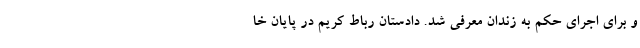
و برای اجرای حکم به زندان معرفی شد. دادستان رباط کریم در پایان خا